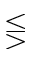
\lesseqgtr